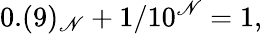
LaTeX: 0.(9)_{\mathscr{N}}+1/10^{\mathscr{N}}=1,